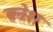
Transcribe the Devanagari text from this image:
बनेश